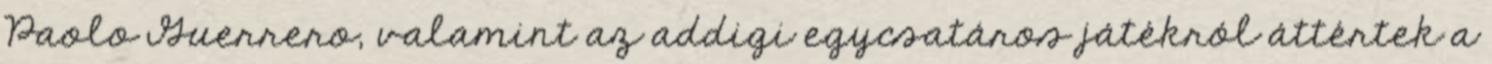
Paolo Guerrero, valamint az addigi egycsatáros játékról áttértek a